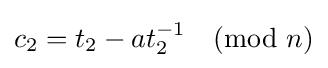
c_{2}=t_{2}-at_{2}^{-1}{\pmod {n}}